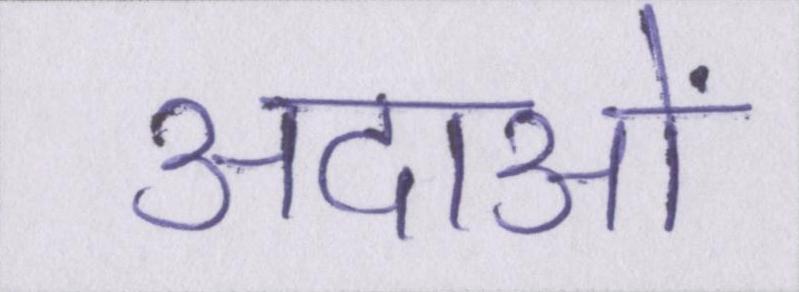
अदाओं